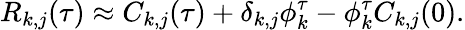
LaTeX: R_{k,j}(\tau)\approx C_{k,j}(\tau)+\delta_{k,j}\phi_{k}^{\tau}-\phi_{k}^{\tau}C_{k,j}(0).